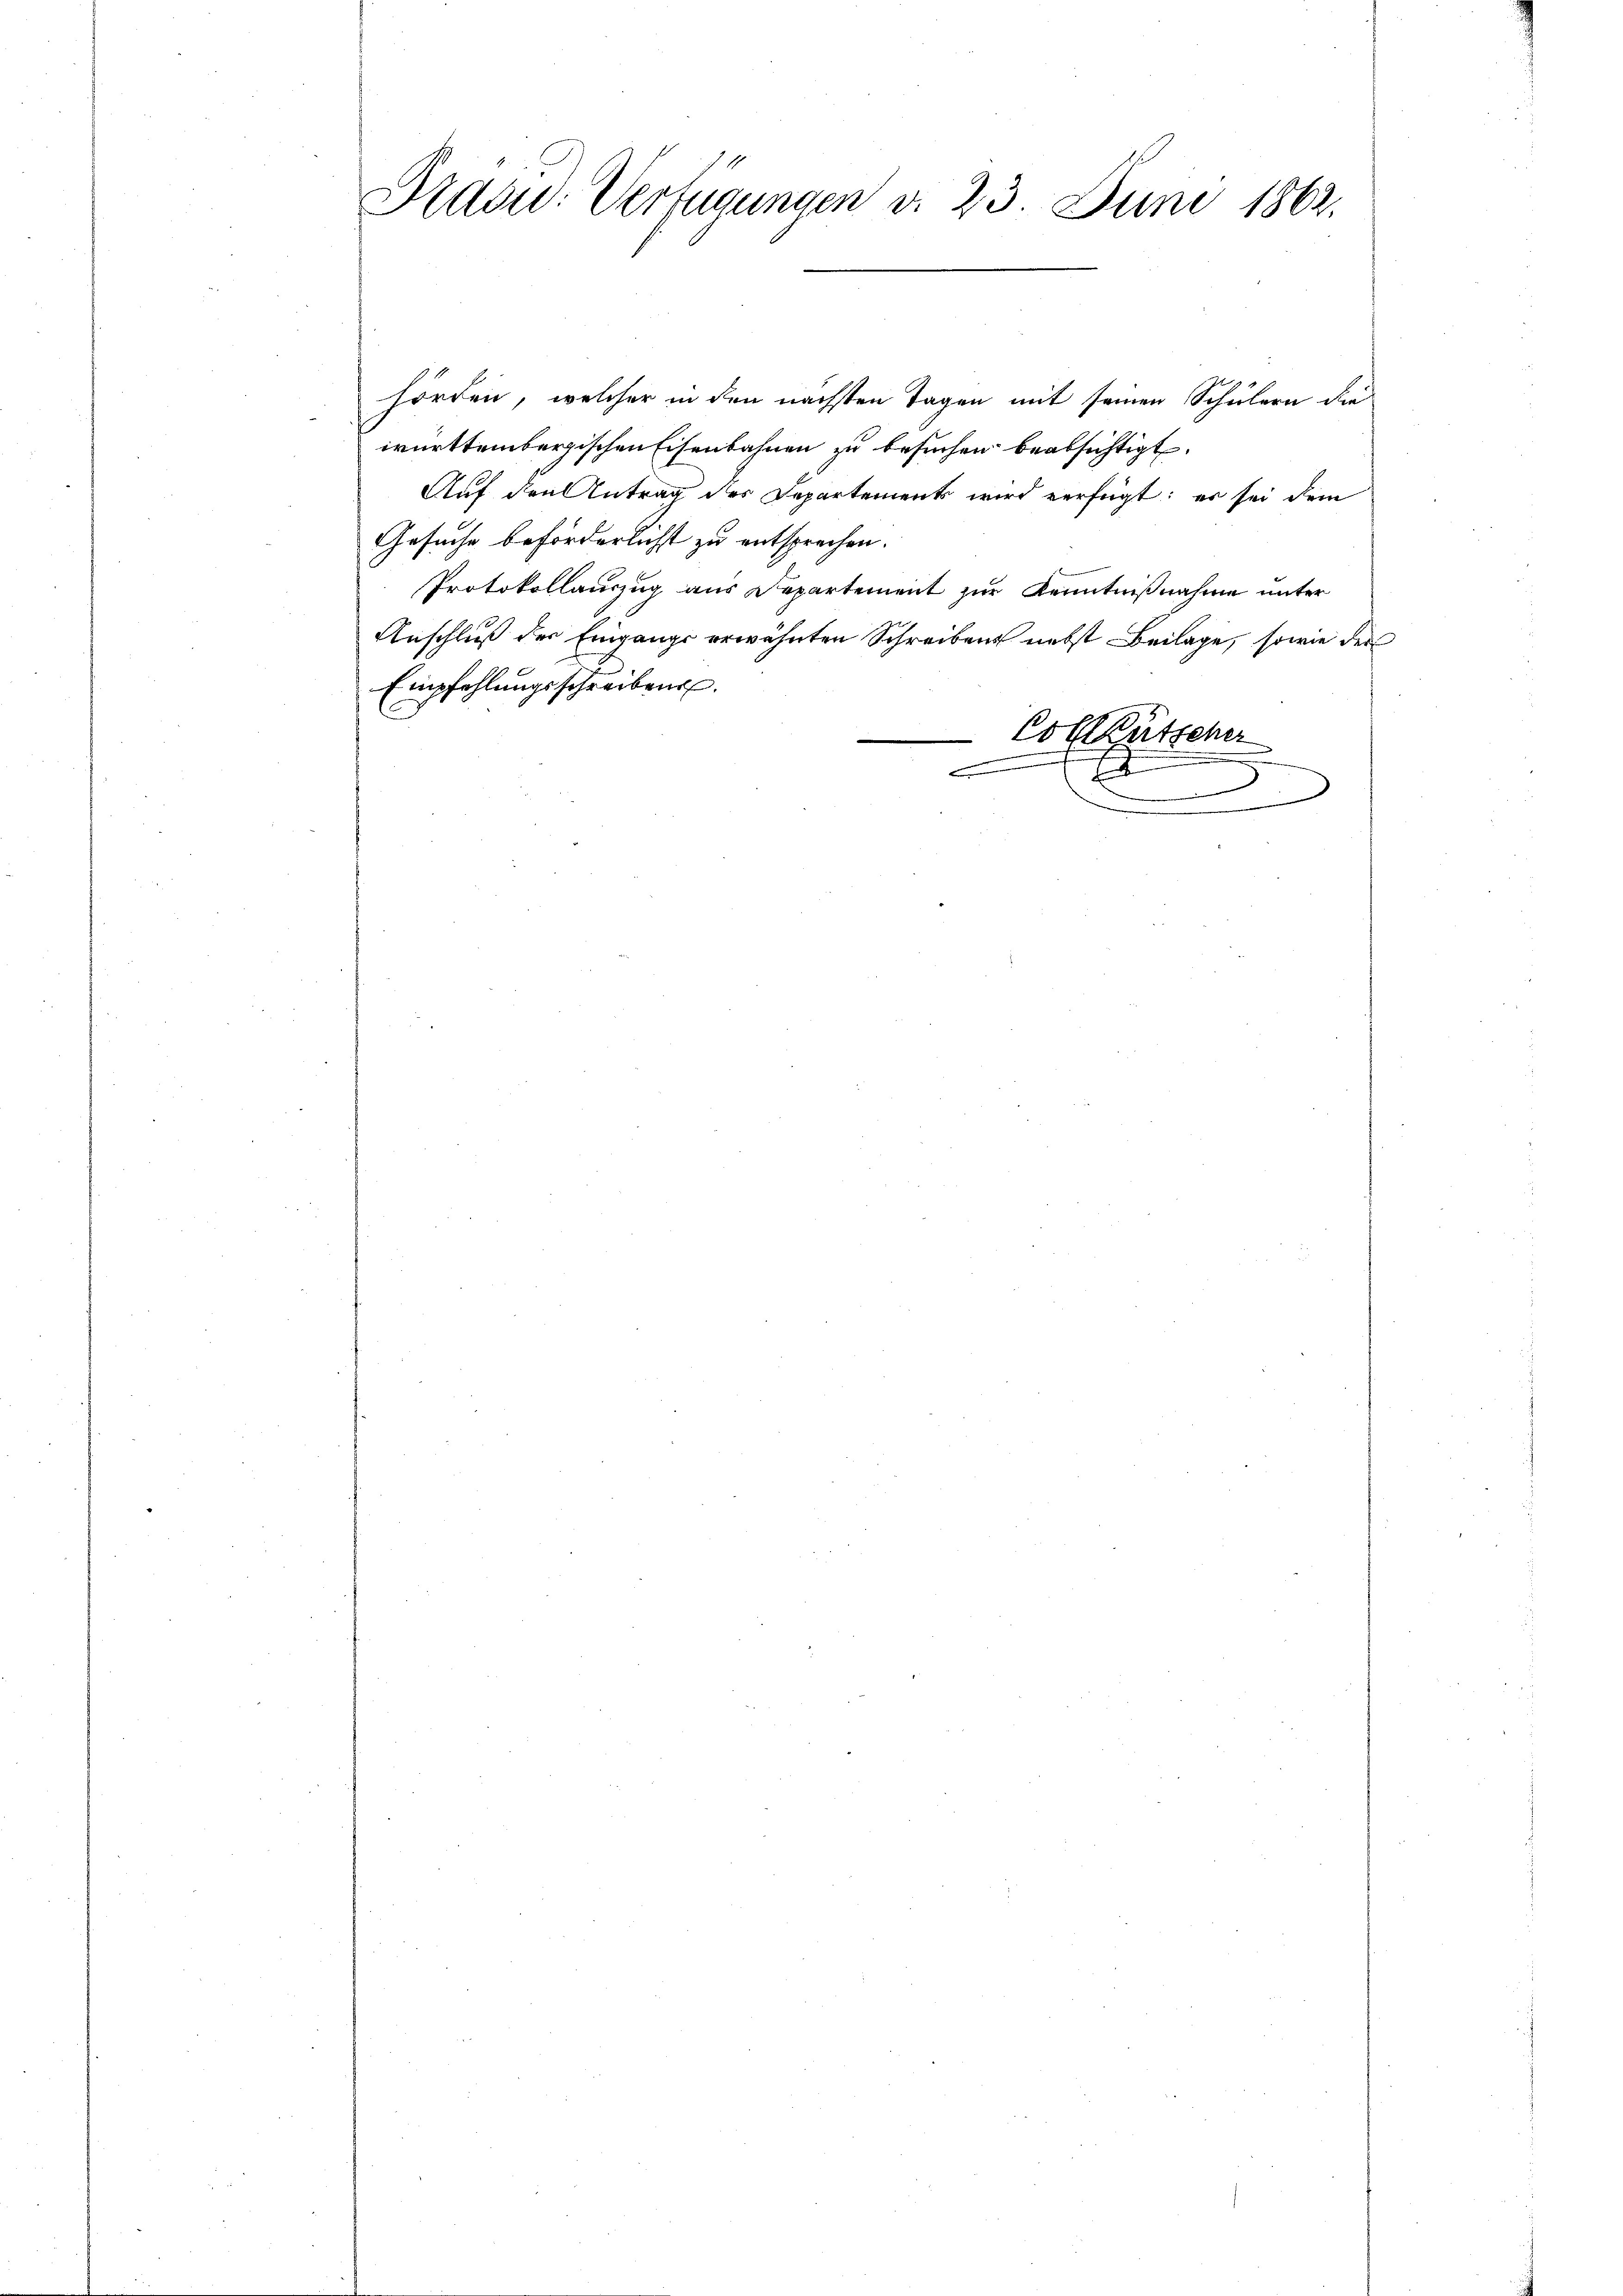
Pradid: Verfügungen d. 23. Juni 1862.

hörden, welcher in den nächsten Tagen mit seinen Schülern die
württembergischen Eisenbahnen zu besuchen beabsichtigt.
Auf den Antrag des Departement wird verfügt: er sei dem
Gesuche beförderlichst zu entsprechen.
e
Protokollauszug aus Departement zur Kenntnißnahme unter
Anschluß der Eingangs erwähnten Schreibens nebst Beilage, sowie der
Empfehlungsschreiben.
.
Coltütscher
.
.
E
n
.